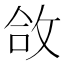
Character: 㪉